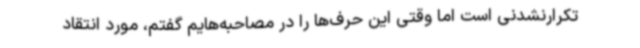
تکرارنشدنی است اما وقتی این حرف‌ها را در مصاحبه‌هایم گفتم، مورد انتقاد